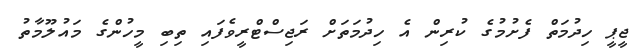
ޖީޕީ ހިދުމަތް ފެށުމުގެ ކުރިން އެ ހިދުމަތަށް ރަޖިސްޓްރީވެފައި ތިބި މީހުންގެ މައުލޫމާތު